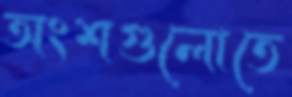
অংশগুলোতে